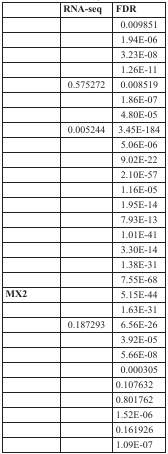
<table><thead><tr><td>[EMPTY_CELL]</td><td><b>RNA-seq</b></td><td><b>FDR</b></td></tr></thead><tbody><tr><td>[EMPTY_CELL]</td><td>[EMPTY_CELL]</td><td>0.009851</td></tr><tr><td>[EMPTY_CELL]</td><td>[EMPTY_CELL]</td><td>1.94E-06</td></tr><tr><td>[EMPTY_CELL]</td><td>[EMPTY_CELL]</td><td>3.23E-08</td></tr><tr><td>[EMPTY_CELL]</td><td>[EMPTY_CELL]</td><td>1.26E-11</td></tr><tr><td>[EMPTY_CELL]</td><td>0.575272</td><td>0.008519</td></tr><tr><td>[EMPTY_CELL]</td><td>[EMPTY_CELL]</td><td>1.86E-07</td></tr><tr><td>[EMPTY_CELL]</td><td>[EMPTY_CELL]</td><td>4.80E-05</td></tr><tr><td>[EMPTY_CELL]</td><td>0.005244</td><td>3.45E-184</td></tr><tr><td>[EMPTY_CELL]</td><td>[EMPTY_CELL]</td><td>5.06E-06</td></tr><tr><td>[EMPTY_CELL]</td><td>[EMPTY_CELL]</td><td>9.02E-22</td></tr><tr><td>[EMPTY_CELL]</td><td>[EMPTY_CELL]</td><td>2.10E-57</td></tr><tr><td>[EMPTY_CELL]</td><td>[EMPTY_CELL]</td><td>1.16E-05</td></tr><tr><td>[EMPTY_CELL]</td><td>[EMPTY_CELL]</td><td>1.95E-14</td></tr><tr><td>[EMPTY_CELL]</td><td>[EMPTY_CELL]</td><td>7.93E-13</td></tr><tr><td>[EMPTY_CELL]</td><td>[EMPTY_CELL]</td><td>1.01E-41</td></tr><tr><td>[EMPTY_CELL]</td><td>[EMPTY_CELL]</td><td>3.30E-14</td></tr><tr><td>[EMPTY_CELL]</td><td>[EMPTY_CELL]</td><td>1.38E-31</td></tr><tr><td>[EMPTY_CELL]</td><td>[EMPTY_CELL]</td><td>7.55E-68</td></tr><tr><td><b>MX2</b></td><td>[EMPTY_CELL]</td><td>5.15E-44</td></tr><tr><td>[EMPTY_CELL]</td><td>[EMPTY_CELL]</td><td>1.63E-31</td></tr><tr><td>[EMPTY_CELL]</td><td>0.187293</td><td>6.56E-26</td></tr><tr><td>[EMPTY_CELL]</td><td>[EMPTY_CELL]</td><td>3.92E-05</td></tr><tr><td>[EMPTY_CELL]</td><td>[EMPTY_CELL]</td><td>5.66E-08</td></tr><tr><td>[EMPTY_CELL]</td><td>[EMPTY_CELL]</td><td>0.000305</td></tr><tr><td>[EMPTY_CELL]</td><td>[EMPTY_CELL]</td><td>0.107632</td></tr><tr><td>[EMPTY_CELL]</td><td>[EMPTY_CELL]</td><td>0.801762</td></tr><tr><td>[EMPTY_CELL]</td><td>[EMPTY_CELL]</td><td>1.52E-06</td></tr><tr><td>[EMPTY_CELL]</td><td>[EMPTY_CELL]</td><td>0.161926</td></tr><tr><td>[EMPTY_CELL]</td><td>[EMPTY_CELL]</td><td>1.09E-07</td></tr></tbody></table>